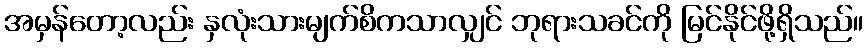
အမှန်တော့လည်း နှလုံးသားမျက်စိကသာလျှင် ဘုရားသခင်ကို မြင်နိုင်ဖို့ရှိသည်။